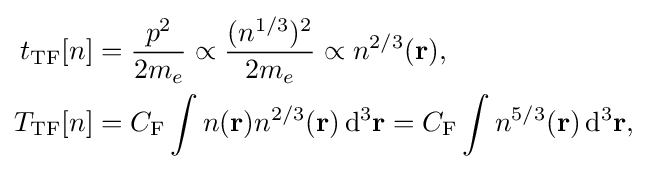
{\begin{aligned}t_{\text{TF}}[n]&={\frac {p^{2}}{2m_{e}}}\propto {\frac {(n^{1/3})^{2}}{2m_{e}}}\propto n^{2/3}(\mathbf {r} ),\\T_{\text{TF}}[n]&=C_{\text{F}}\int n(\mathbf {r} )n^{2/3}(\mathbf {r} )\,\mathrm {d} ^{3}\mathbf {r} =C_{\text{F}}\int n^{5/3}(\mathbf {r} )\,\mathrm {d} ^{3}\mathbf {r} ,\end{aligned}}